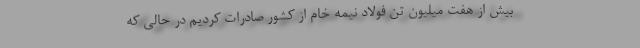
بیش از هفت میلیون تن فولاد نیمه خام از کشور صادرات کردیم در حالی که